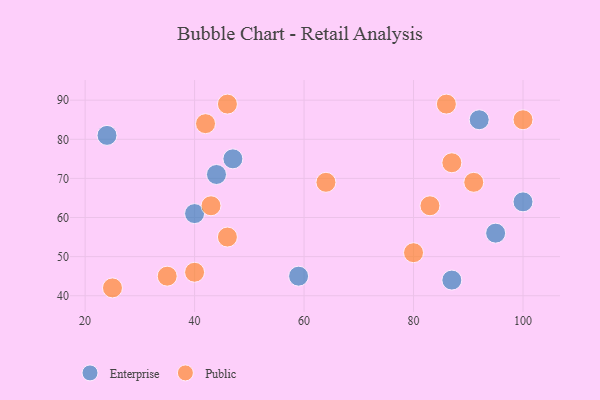
{"axis": {"x": "GDP", "y": "Life Expectancy"}, "legend": ["Enterprise", "Public"], "data": [{"x": "44", "y": 71, "type": "Enterprise"}, {"x": "47", "y": 75, "type": "Enterprise"}, {"x": "40", "y": 61, "type": "Enterprise"}, {"x": "95", "y": 56, "type": "Enterprise"}, {"x": "100", "y": 64, "type": "Enterprise"}, {"x": "24", "y": 81, "type": "Enterprise"}, {"x": "59", "y": 45, "type": "Enterprise"}, {"x": "87", "y": 44, "type": "Enterprise"}, {"x": "92", "y": 85, "type": "Enterprise"}, {"x": "46", "y": 89, "type": "Public"}, {"x": "42", "y": 84, "type": "Public"}, {"x": "40", "y": 46, "type": "Public"}, {"x": "64", "y": 69, "type": "Public"}, {"x": "80", "y": 51, "type": "Public"}, {"x": "35", "y": 45, "type": "Public"}, {"x": "86", "y": 89, "type": "Public"}, {"x": "100", "y": 85, "type": "Public"}, {"x": "43", "y": 63, "type": "Public"}, {"x": "83", "y": 63, "type": "Public"}, {"x": "46", "y": 55, "type": "Public"}, {"x": "25", "y": 42, "type": "Public"}, {"x": "87", "y": 74, "type": "Public"}, {"x": "91", "y": 69, "type": "Public"}]}